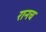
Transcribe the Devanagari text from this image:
रानच